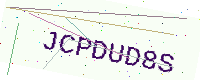
Text: JCPDUD8S